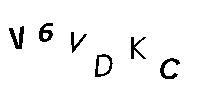
V6VDKC